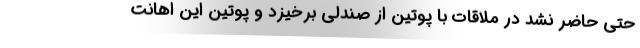
حتی حاضر نشد در ملاقات با پوتین از صندلی برخیزد و پوتین این اهانت